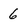
Character: 6